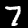
Label: 7